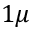
1 \mu